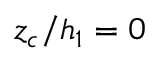
z _ { c } / h _ { 1 } = 0